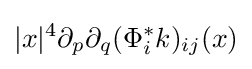
|x|^{4}\partial _{p}\partial _{q}(\Phi _{i}^{\ast }k)_{ij}(x)